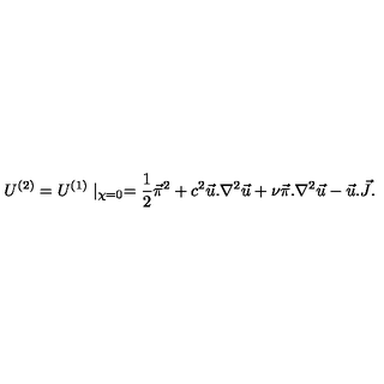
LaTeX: U ^ { ( 2 ) } = U ^ { ( 1 ) } \mid _ { \chi = 0 } = { \frac { 1 } { 2 } } \vec { \pi } ^ { 2 } + c ^ { 2 } \vec { u } . \nabla ^ { 2 } \vec { u } + \nu \vec { \pi } . \nabla ^ { 2 } \vec { u } - \vec { u } . \vec { J } .